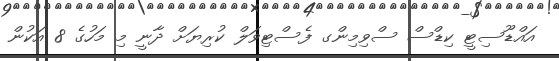
އައްޑޫސިޓީ ކިޑްސް ސްވިމިންގ ފެސްޓިވަލް ކުރިޔަށް ދާނީ މި މަހުގެ 8 އަކުން